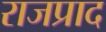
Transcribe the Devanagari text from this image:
राजप्राद